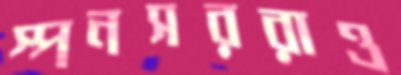
স্পনসররাও